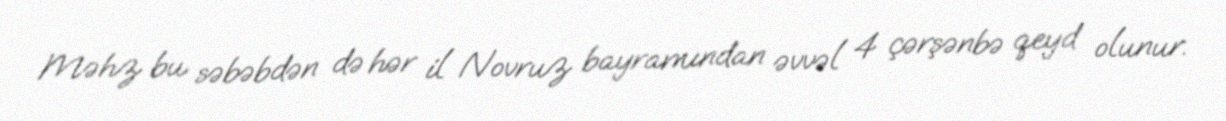
Məhz bu səbəbdən də hər il Novruz bayramından əvvəl 4 çərşənbə qeyd olunur.